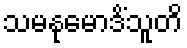
သမနုမောဒိံသူတိ